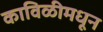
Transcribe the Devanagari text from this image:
काविळीमधून